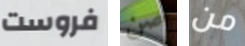
فروست صن من